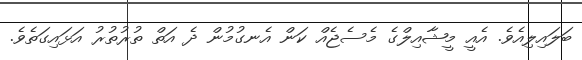
ބަލައިލިއެވެ. އެއީ މީޝާއިލްގެ މެސެޖެއް ކަން އެނގުމުން ދެ އަތް ތުރުތުރު އަޅައިގަތެވެ.